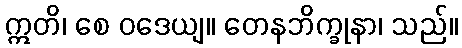
ဣတိ၊ စေ ဝဒေယျ။ တေနဘိက္ခုနာ၊ သည်။